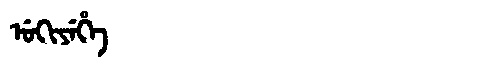
Manchu: ᡠᡴᡳᠶᡝᡥᡝ
Romanization: UKIYEHE